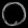
Digit: ၀